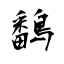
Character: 鷭